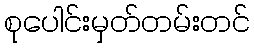
စုပေါင်းမှတ်တမ်းတင်